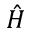
\hat { H }